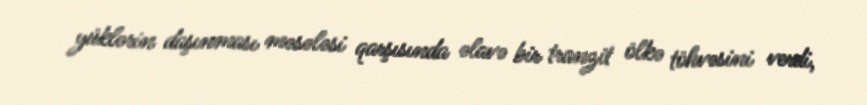
yüklərin daşınması məsələsi qarşısında əlavə bir tranzit ölkə töhvəsini verdi,